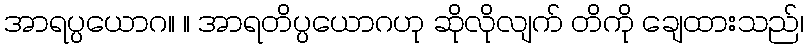
အာရပ္ပယောဂ။ ။ အာရတိပ္ပယောဂဟု ဆိုလိုလျက် တိကို ချေထားသည်၊